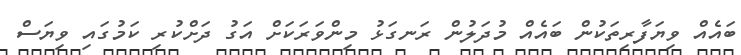
ބައެއް ވިޔަފާރިތަކުން ބައެއް މުދަލުން ރަނގަޅު މިންވަރަކަށް އަގު ދަށްކުރި ކަމުގައި ވިޔަސް